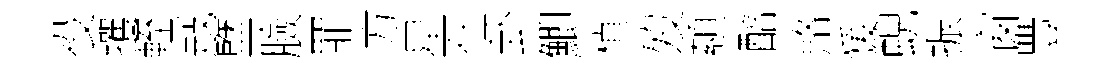
役攫輊冦鹽臉罪方星仕卦鯽楨歿纇醅賂猨蜺振窗豐